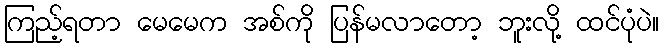
ကြည့်ရတာ မေမေက အစ်ကို ပြန်မလာတော့ ဘူးလို့ ထင်ပုံပဲ။